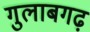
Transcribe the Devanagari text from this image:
गुलाबगढ़